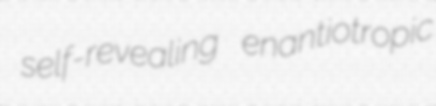
self-revealing enantiotropic